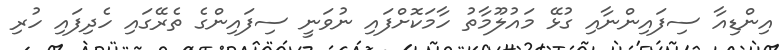
އިންޑިއާ ސިފައިންނާއި ގުޅޭ މައުލޫމާތު ހާމަކޮށްފައި ނުވަނީ ސިފައިންގެ ތެރޭގައި ހެދިފައި ހުރި